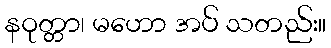
နဝုတ္တာ၊ မဟော အပ် သတည်း။